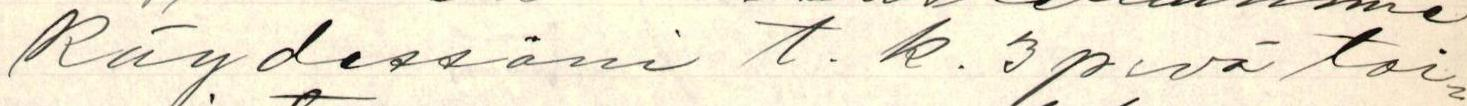
käydessäni t.k. 3 pvä toi-